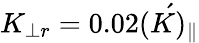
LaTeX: K_{\perp r}=0.02\acute{(K)_{\parallel}}